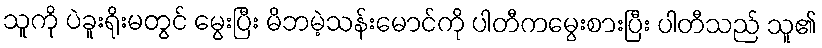
သူကို ပဲခူးရိုးမတွင် မွေးပြီး မိဘမဲ့သန်းမောင်ကို ပါတီကမွေးစားပြီး ပါတီသည် သူ၏